Leaving Certificate Examination, 1911
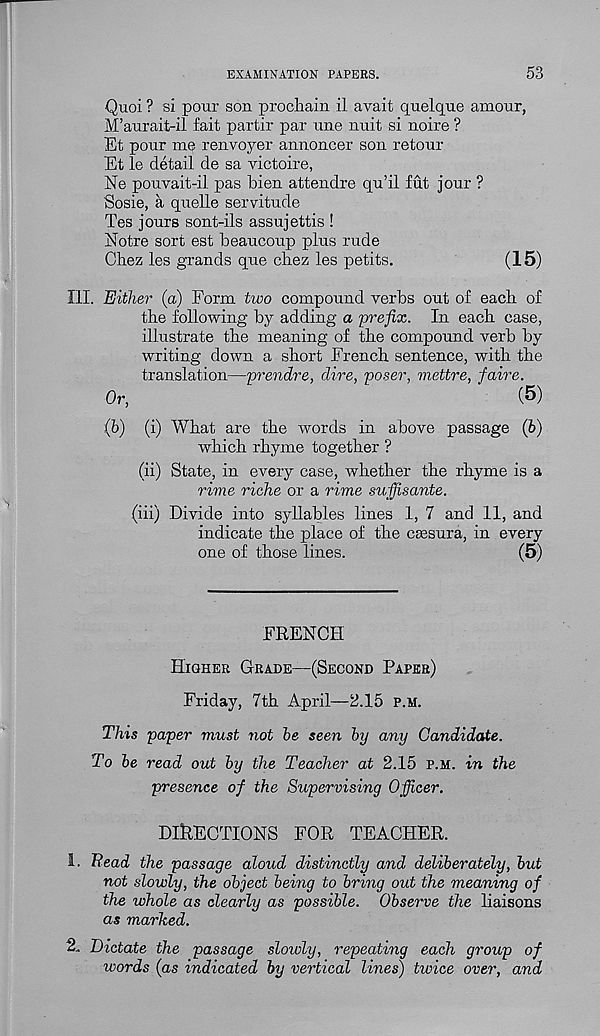
EXAMINATION PAPERS.
53
Quoi ? si pour son proahain il avait quelque amour,
M’aurait-il fait partir par une nuit si noire ?
Et pour me renvoyer annoncer son retour
Et le detail de sa victoire,
Ne pouvait-il pas bien attendre qu’il fut jour ?
Sosie, a quelle servitude
Tes jours sont-ils assujettis !
Notre sort est beaucoup plus rude
Chez les grands que chez les petits.
(15)
111. Either (a) Form two compound verbs out of each of
the following by adding a prefix. In each case,
illustrate the meaning of the compound verb by
writing down a short French sentence, with the
translation—prendre, dire, poser, mettre, faire.
Or,
(5)
(5) (i) What are the words in above passage (b)
which rhyme together ?
(ii) State, in every case, whether the rhyme is a
rime riche or a rime sujfisante.
(iii) Divide into syllables lines 1, 7 and 11, and
indicate the place of the caesura, in every
one of those lines.
(5)
FRENCH
Higher Grade—(Second Paper)
Friday, 7th April—2.15 p.m.
This paper must not he seen by any Candidate.
To be read out by the Teacher at 2.15 p.m. in the
presence of the Supervising Officer.
DIRECTIONS FOR TEACHER.
I. Bead the passage aloud distinctly and deliberately, but
not slowly, the object being to bring out the meaning of
the whole as clearly as possible. Observe the liaisons
as marked.
2., Dictate the passage slowly, repeating each group of
ivords (as indicated by vertical lines) tioice over, and